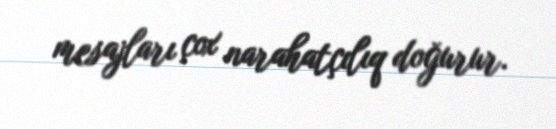
mesajları çox narahatçılıq doğurur.